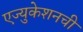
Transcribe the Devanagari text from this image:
एज्युकेशनची